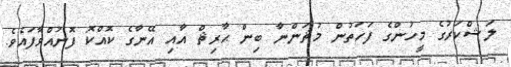
ލަޝްކަރުގެ މީހުންގެ ފަހަތުން މުޘަންނާ ބިން ޙާރިޘް އާއި އޭނާގެ ކޮއްކޮ ފޮނުއްވާފައެވެ.